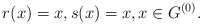
\begin{align*} r(x) = x ,s(x)=x, x\in G^{(0)}. \end{align*}